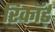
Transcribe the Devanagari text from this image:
रिकॉर्ड़